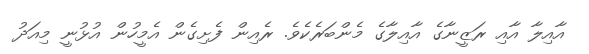
އާއިލާ އާއި ރަޒީނާގެ އާއިލާގެ މެންބަރެކެވެ. ރެއިން ފެށިގެން އެމީހުން އުޅުނީ މިއަދު